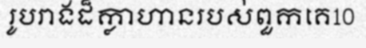
រូបរាងដ៏ក្លាហានរបស់ពួកគេ10